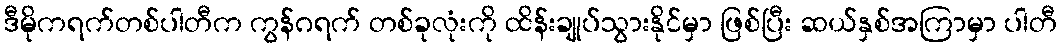
ဒီမိုကရက်တစ်ပါတီက ကွန်ဂရက် တစ်ခုလုံးကို ထိန်းချုပ်သွားနိုင်မှာ ဖြစ်ပြီး ဆယ်နှစ်အကြာမှာ ပါတီ